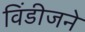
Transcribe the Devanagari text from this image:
विंडीजने